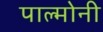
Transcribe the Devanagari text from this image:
पाल्मोनी